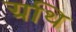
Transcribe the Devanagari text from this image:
ग्रथि